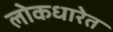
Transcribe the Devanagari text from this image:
लोकधारेत